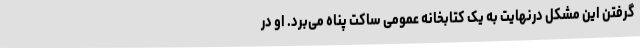
گرفتن این مشکل درنهایت به یک کتابخانه عمومی ساکت پناه می‌برد. او در